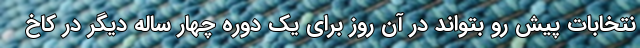
نتخابات پیش رو بتواند در آن روز برای یک دوره چهار ساله دیگر در کاخ